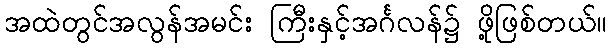
အထဲတွင်အလွန်အမင်း ကြီးနှင့်အင်္ဂလန်၌ ဖို့ဖြစ်တယ်။